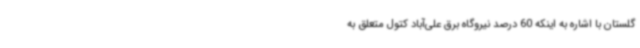
گلستان با اشاره به اینکه 60 درصد نیروگاه برق علی‌آباد کتول متعلق به